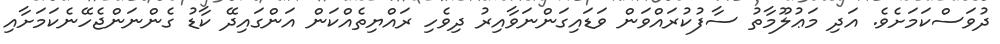
ދުވަސްކަމަށެވެ. އަދި މަޢުލޫމާތު ސާފުކުރައްވަން ވަޑައިގަންނަވާއިރު ދިވެހި ރައްޔިތެއްކަން އަންގައިދޭ ކާޑު ގެންނަންޖެހޭނެކަމަށާއި